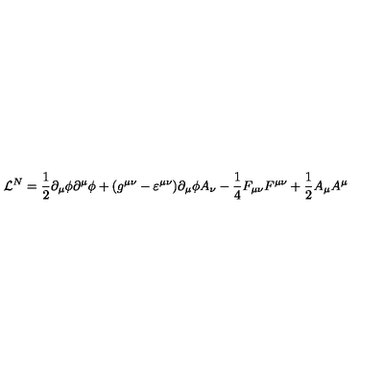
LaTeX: { \cal { L } } ^ { N } = \frac { 1 } { 2 } \partial _ { \mu } \phi \partial ^ { \mu } \phi + ( g ^ { \mu \nu } - \varepsilon ^ { \mu \nu } ) \partial _ { \mu } \phi A _ { \nu } - \frac { 1 } { 4 } F _ { \mu \nu } F ^ { \mu \nu } + \frac { 1 } { 2 } A _ { \mu } A ^ { \mu }